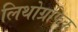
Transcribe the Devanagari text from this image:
लिथोग्रफिक